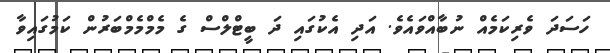
ހަސަދަ ވެރިކަމެއް ނުބާއްވައެވެ. އަދި އެކުގައި ދަ ބީޓްލްސް ގެ މެމްމެމްބަރުން ކަމުގައިވާ